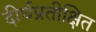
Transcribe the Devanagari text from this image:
दीर्घप्रतीक्षित